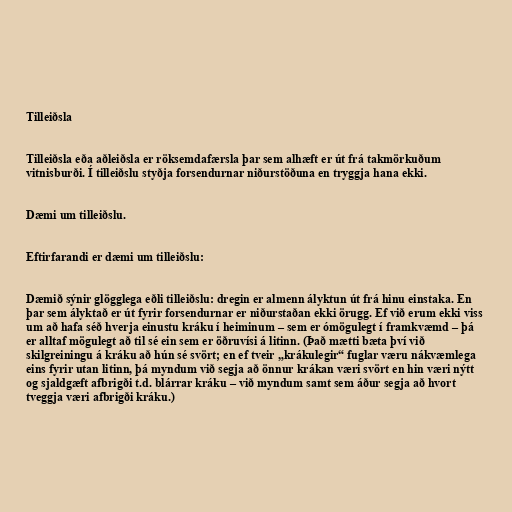
Tilleiðsla

Tilleiðsla eða aðleiðsla er röksemdafærsla þar sem alhæft er út frá takmörkuðum
vitnisburði. Í tilleiðslu styðja forsendurnar niðurstöðuna en tryggja hana ekki.

Dæmi um tilleiðslu.

Eftirfarandi er dæmi um tilleiðslu:

Dæmið sýnir glögglega eðli tilleiðslu: dregin er almenn ályktun út frá hinu einstaka. En
þar sem ályktað er út fyrir forsendurnar er niðurstaðan ekki örugg. Ef við erum ekki viss
um að hafa séð hverja einustu kráku í heiminum – sem er ómögulegt í framkvæmd – þá
er alltaf mögulegt að til sé ein sem er öðruvísi á litinn. (Það mætti bæta því við
skilgreiningu á kráku að hún sé svört; en ef tveir „krákulegir“ fuglar væru nákvæmlega
eins fyrir utan litinn, þá myndum við segja að önnur krákan væri svört en hin væri nýtt
og sjaldgæft afbrigði t.d. blárrar kráku – við myndum samt sem áður segja að hvort
tveggja væri afbrigði kráku.)